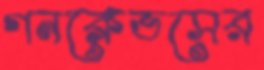
গনক্লেভসের